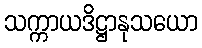
သက္ကာယဒိဋ္ဌာနုသယော